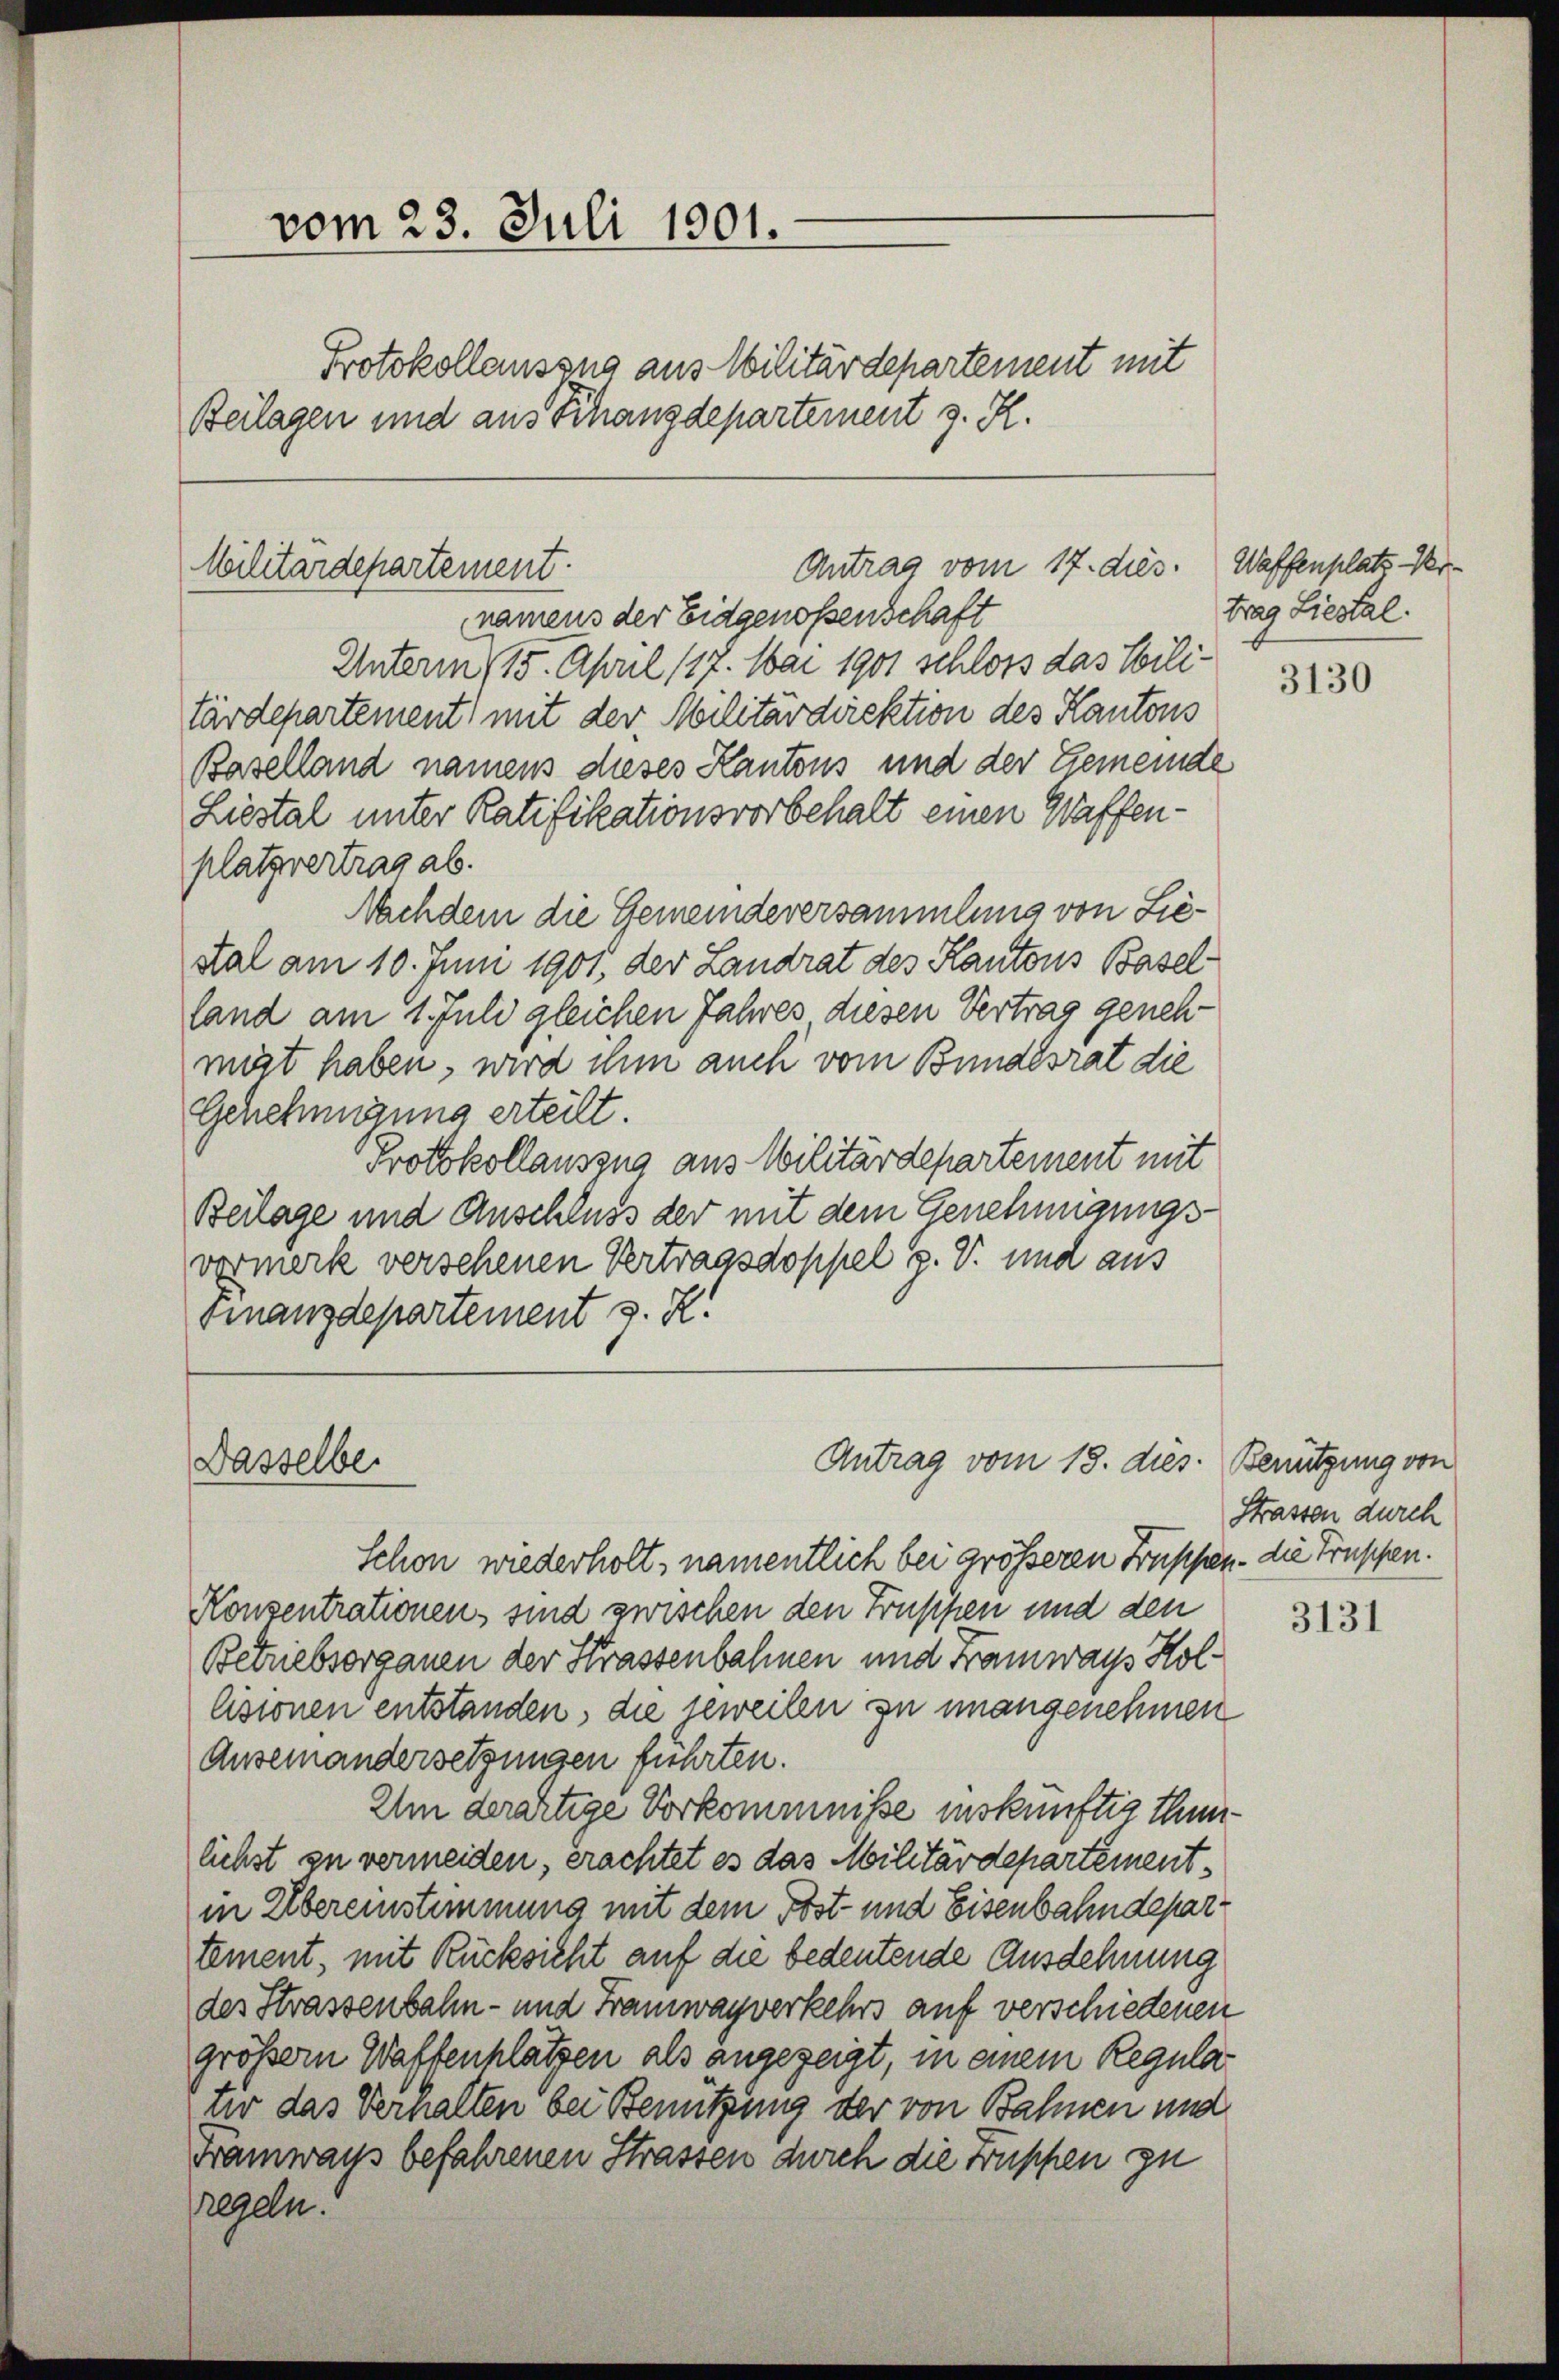
vom 23. Juli 1901.
Protokollauszug aus Militärdepartement mit
Beilagen und aus Schanzdepartement z. R.

Antrag vom 17. dies. Waffenplatz. Ver¬
Militärdepartement.
namens der Eidgenossenschaft

Dasselbe

Unterm 15. April 187. Mai 1901 schloss das Militärdepartement mit der Militärdirektion des Kantons
Baselland namens dieses Kantons und der Gemeinde
Liestal unter Ratifikationsvorbehalt einen Waffenplatzvertrag ab.
Nachdem die Gemeindeversammlung von Lie¬
Kal am 10. Juni 1901, der Landrat des Kantons Baselland am 1. Juli gleichen Jahres diesen Vertrag genehmigt haben, wird ihm auch vom Bundesrat die
Genehmigung erteilt
Protokollauszug aus Militärdepartement mit
Beilage und Anschluss der mit dem Genehmigungsvormerk versehenen Vertragsdoppel g. V. und aus
Finanzdepartement z. R.

Antrag vom 18. dies. Benützung von

trag Liestal.

Schon wiederholt, namentlich bei größeren Truppen - die Truppen.
Konzentrationen sind zwischen den Truppen und den
Betriebsorganen der Strassenbahnen und Framways Hollisionen entstanden, die jeweilen zu unangenehmen
Auseinandersetzungen führten.
Um derartige Vorkommnisse inskünftig thunlichst zu vermeiden, erachtet es das Militärdepartementin Übereinstimmung mit dem Post- und Eisenbahndepartement, mit Rücksicht auf die bedeutende Ausdehnung
des Strassenbahn- und Tramwagverkehrs auf verschiedenen
größer Waffenhlätzen als angezeigt, in einem Regulatir das Verhalten bei Benützung der von Bahnen und
Framways befahrenen Strassen durch die Truppen zu
regeln.

3130

Strassen durch

3131